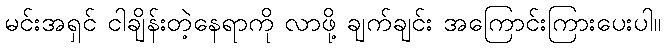
မင်းအရှင် ငါချိန်းတဲ့နေရာကို လာဖို့ ချက်ချင်း အကြောင်းကြားပေးပါ။